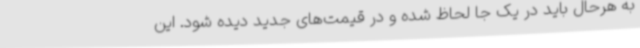
به هرحال باید در یک جا لحاظ شده و در قیمت‌های جدید دیده شود. این